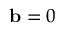
\ \mathbf { b } = 0